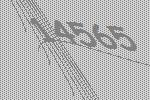
14565